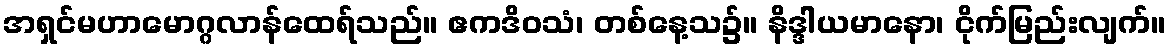
အရှင်မဟာမောဂ္ဂလာန်ထေရ်သည်။ ဧကဒိဝသံ၊ တစ်နေ့သ၌။ နိဒ္ဒါယမာနော၊ ငိုက်မြည်းလျက်။